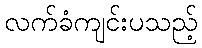
လက်ခံကျင်းပသည့်